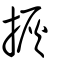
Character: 拻